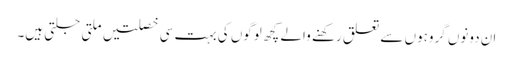
ان دونوں گروہوں سے تعلق رکھنے والے کچھ لوگوں کی بہت سی خصلتیں ملتی جلتی ہیں۔